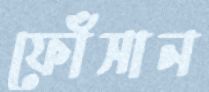
ফোঁসান